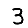
Digit: 3